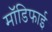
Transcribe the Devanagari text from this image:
मॉडिफाई